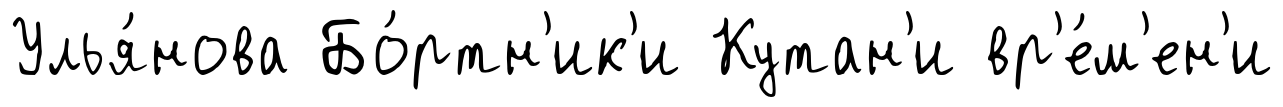
Улья́нова Бо́ртн'ик'и Кутан'и вр'е́м'ен'и